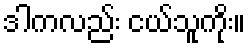
ဒါကလည်း ငယ်သူကိုး။